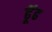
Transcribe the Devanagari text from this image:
ढूॅढ